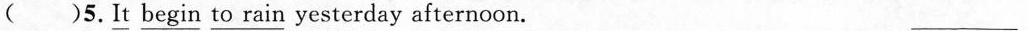
( )5.\underline{It} \underline{begin} \underline{to rain} yesterday afternoon. ___